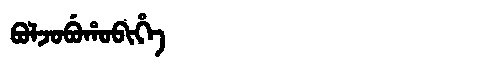
Manchu: ᠪᠣᠯᠵᠣᠪᡠᡥᠣᠪᡳᡥᡝ
Romanization: BOLJOBUHOBIHE